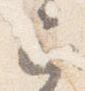
已